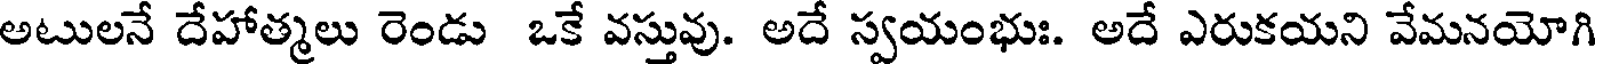
అటులనే దేహాత్మలు రెండు ఒకే వస్తువు. అదే స్వయంభుః. అదే ఎరుకయని వేమనయోగి